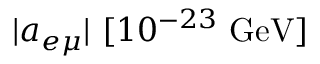
| a _ { e \mu } | ~ [ 1 0 ^ { - 2 3 } ~ \mathrm { { G e V } ] }